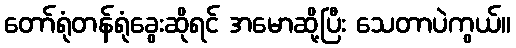
တော်ရုံတန်ရုံခွေးဆိုရင် အမောဆို့ပြီး သေတာပဲကွယ်။